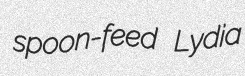
spoon-feed Lydia